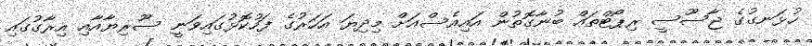
ހުޅަނގުގެ ޖާސޫސީ ރިޕޯޓްތައް ބުނާގޮތުން އައިއެސްއަށް މިދިޔަ އަހަރުގެ ފަހުކޮޅުގައިވަނީ ސޫރިޔާއާއި އިރާގުގައި